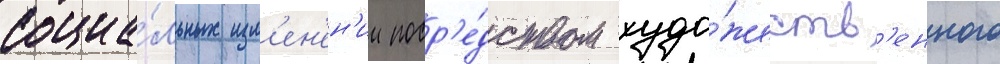
социа́льных изм'ен'ен'ии поср'е́дством худо́жеств'енного